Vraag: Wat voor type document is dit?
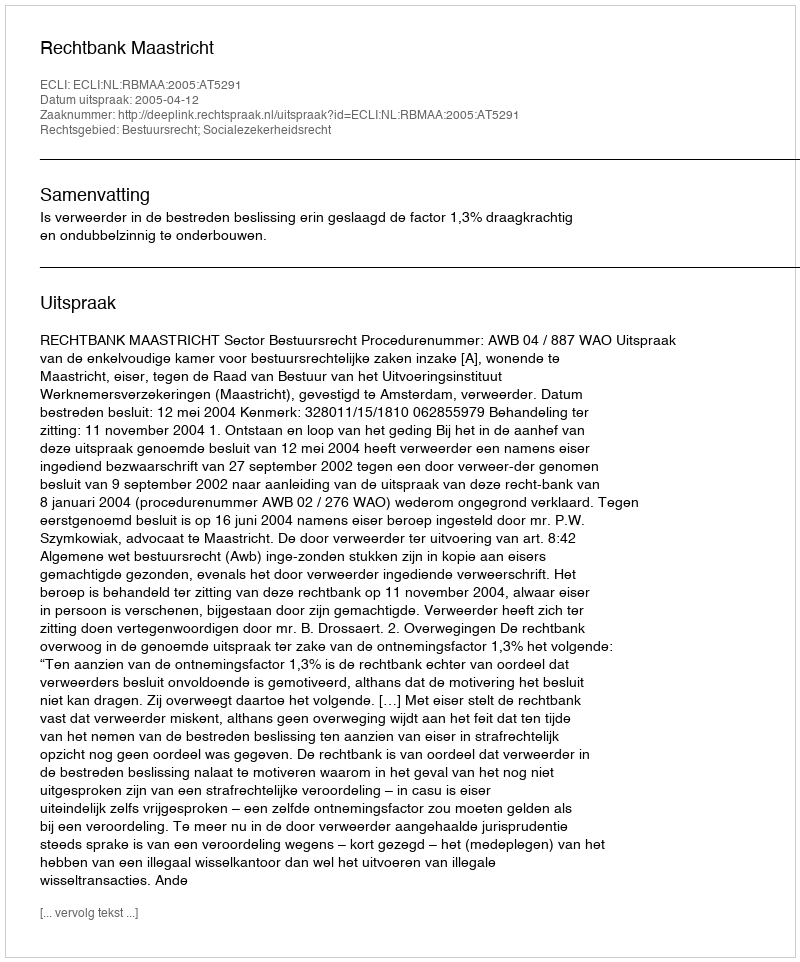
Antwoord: Uitspraak